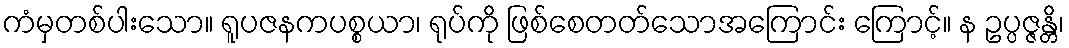
ကံမှတစ်ပါးသော။ ရူပဇနကပစ္စယာ၊ ရုပ်ကို ဖြစ်စေတတ်သောအကြောင်း ကြောင့်။ န ဥပ္ပဇ္ဇန္တိ၊